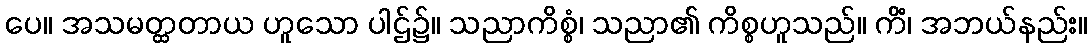
ပေ။ အသမတ္ထတာယ ဟူသော ပါဌ်၌။ သညာကိစ္စံ၊ သညာ၏ ကိစ္စဟူသည်။ ကိံ၊ အဘယ်နည်း။